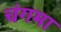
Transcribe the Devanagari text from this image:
चंगमा